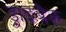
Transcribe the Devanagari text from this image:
ड्राइबैक